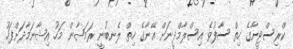
ކްރިސްޓީނާގެ ހިތް ސާފުވެ އިސްލާމްދީނަށް އޭނާގެ ހިތް ލެނބުނީ ރަމަޟާން މަހު އިޝާނަމާދަށްފަހު